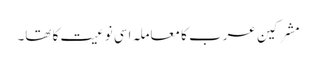
مشرکین عرب کا معاملہ اسی نوعیت کا تھا۔